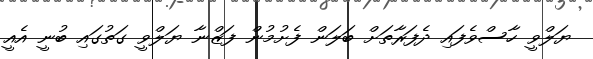
ޔަލްވީ ހާސްވެފައި ދެފަރާތަށް ބަލަން ފެށުމުން ފަޒްނާ ޔަލްވީ ގަތުގައި ބުނީ އެއީ